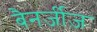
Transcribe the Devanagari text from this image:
बैनर्जीज़